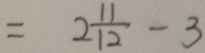
= 2 \frac { 1 1 } { 1 2 } - 3